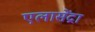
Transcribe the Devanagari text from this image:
एलासेंद्रा